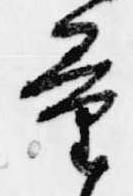
量